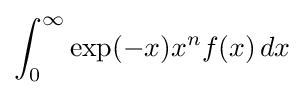
\int _{0}^{\infty }\exp(-x)x^{n}f(x)\,dx